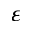
\varepsilon